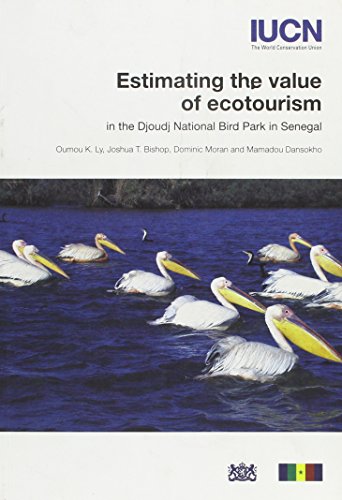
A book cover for Estimating the value of ecotourism in the Djoudj National Bird Park in Senegal; Oumou K. Ly; Travel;